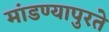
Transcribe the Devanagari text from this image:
मांडण्यापुरते